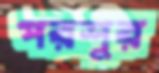
পরশুর